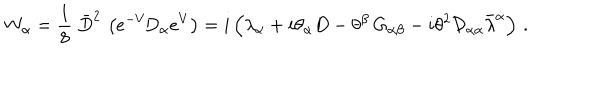
{ W } _ { \alpha } = \frac { 1 } { 8 } \; \bar { D } ^ { 2 } \, \left( { e } ^ { - V } \! D _ { \alpha } { e } ^ { V } \right) = i \left( \lambda _ { \alpha } + i \theta _ { \alpha } D - \theta ^ { \beta } \, G _ { \alpha \beta } - i \theta ^ { 2 } { \cal D } _ { \alpha \dot { \alpha } } \bar { \lambda } ^ { \dot { \alpha } } \right) \, .